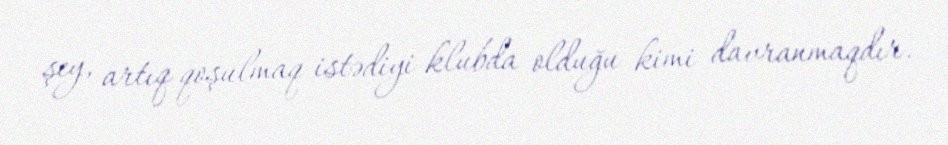
şey, artıq qoşulmaq istədiyi klubda olduğu kimi davranmaqdır.